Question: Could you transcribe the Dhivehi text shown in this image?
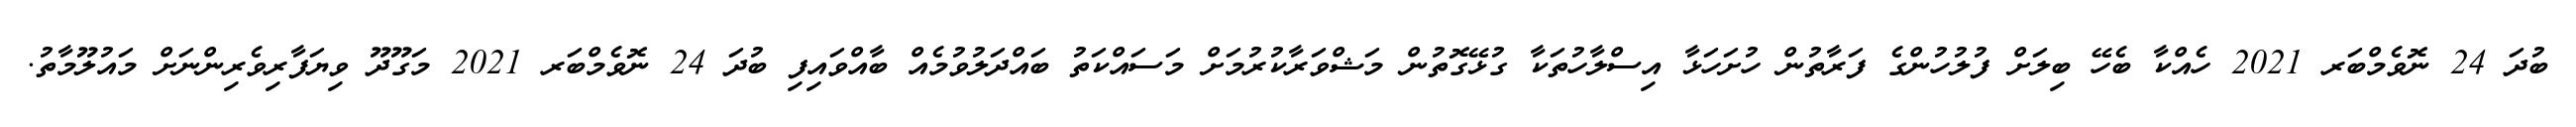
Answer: ބުދަ 24 ނޮވެމްބަރ 2021 ހެއްކާ ބެހޭ ބިލަށް ފުލުހުންގެ ފަރާތުން ހުށަހަޅާ އިސްލާހުތަކާ ގުޅޭގޮތުން މަޝްވަރާކުރުމަށް މަސައްކަތު ބައްދަލުވުމެއް ބާއްވައިފި ބުދަ 24 ނޮވެމްބަރ 2021 މަގޫދޫ ވިޔަފާރިވެރިންނަށް މައުލޫމާތު.